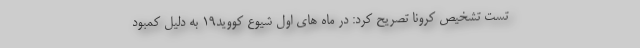
تست تشخیص کرونا تصریح کرد: در ماه های اول شیوع کووید۱۹ به دلیل کمبود